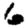
Digit: 6